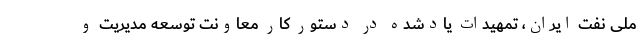
ملی نفت ایران، تمهیدات یادشده در دستور کار معاونت توسعه مدیریت و